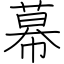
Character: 幕